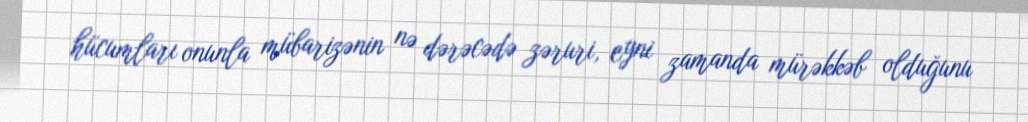
hücumları onunla mübarizənin nə dərəcədə zəruri, eyni zamanda mürəkkəb olduğunu